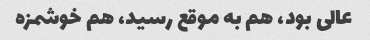
عالی بود، هم به موقع رسید، هم خوشمزه